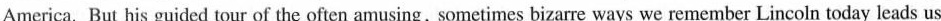
America. But his guided tour of the often amusing,sometimes bizarre ways we remember Lincoln today leads us